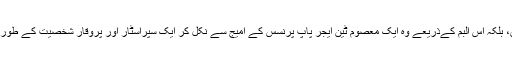
صرف یہی نہیں، بلکہ اس البم کےذریعے وہ ایک معصوم ٹین ایجر پاپ پرنسس کے امیج سے نکل کر ایک سپراسٹار اور پُروقار شخصیت کے طور پر سامنے آئیں۔